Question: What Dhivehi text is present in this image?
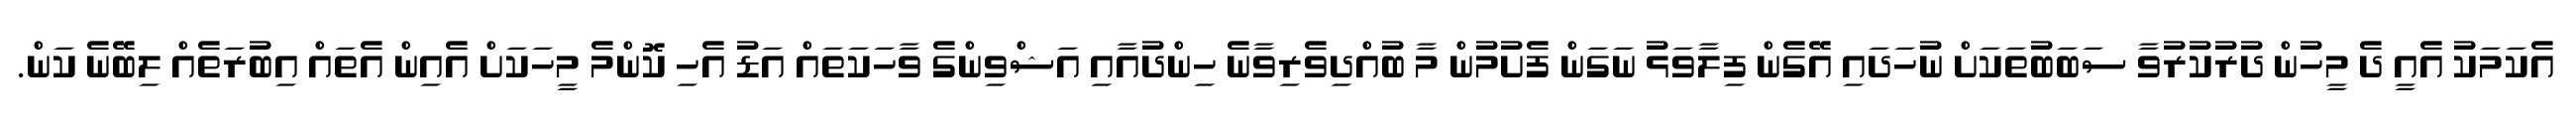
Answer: އެކަމަކު އެއީ ދެ މީހުން ދުރުކުރުވާ ސަބަބުތަކަށް ނުހަދައި އޭގެން ފިލާވަޅު ނަގަން ފެށުމުން މާ ބުއްދިވެރިވާނެ ހިންދުއާއި އަޝްވިންގެ ވާހަކަތައް އަޑު އެހި ކޮންމެ މީހަކަށް އެއިން އެތައް އިބުރަތެއް ލިބޭނެ ކަން.